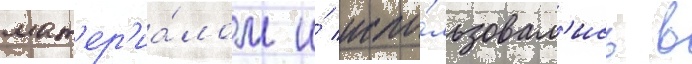
мат'ер'иа́лом и́ испо́льзовал'ись в